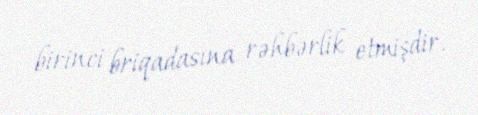
birinci briqadasına rəhbərlik etmişdir.